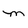
Character: M